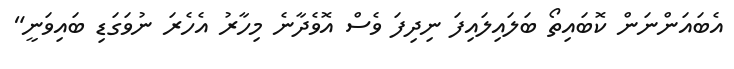
އެބައަންނަން ކޮބައިތޯ ބަލައިލައިފަ ނިދިފަ ވެސް އޮވެދާނެ މިހާރު އެހެރަ ނުވަގަޑި ބައިވަނީ"